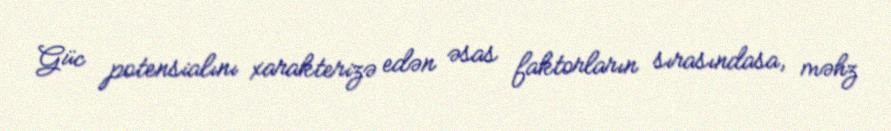
Güc potensialını xarakterizə edən əsas faktorların sırasındasa, məhz